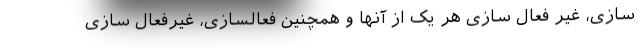
سازی، غیر فعال سازی هر یک از آنها و همچنین فعالسازی، غیرفعال سازی